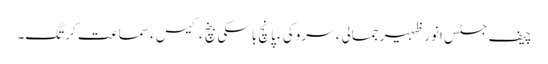
چیف جسٹس انور ظہیر جمالی ءِ سروکی ءَ پانچ باسکی بنچ ءَ کیس ءِ سماعت کرتگ۔